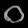
Digit: ၀